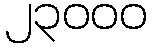
၂၃၀၀၀